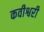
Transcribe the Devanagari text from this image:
कवीश्वरी